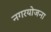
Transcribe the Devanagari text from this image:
नगरयोजना